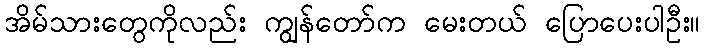
အိမ်သားတွေကိုလည်း ကျွန်တော်က မေးတယ် ပြောပေးပါဦး။